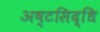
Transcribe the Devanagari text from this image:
अष्टसिद्धि